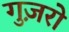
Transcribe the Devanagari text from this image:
गुज़रो